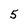
Character: 5